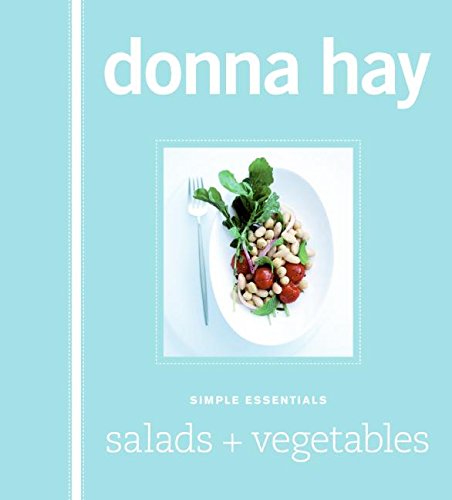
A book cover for Simple Essentials Salads and Vegetables; Donna Hay; Cookbooks, Food & Wine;